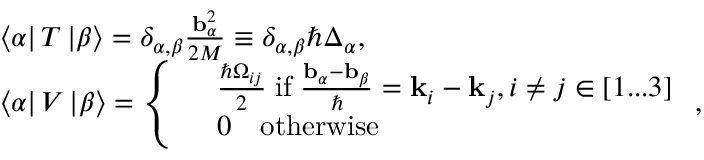
\begin{array} { r l } & { \left\langle \alpha \right| T \left| \beta \right\rangle = \delta _ { \alpha , \beta } \frac { \mathbf { b } _ { \alpha } ^ { 2 } } { 2 M } \equiv \delta _ { \alpha , \beta } \hbar \Delta _ { \alpha } , } \\ & { \left\langle \alpha \right| V \left| \beta \right\rangle = \left\{ \begin{array} { r l } & { \frac { \hbar \Omega _ { i j } } { 2 } \; \mathrm { i f } \; \frac { \mathbf { b } _ { \alpha } - \mathbf { b } _ { \beta } } { \hbar } = \mathbf { k } _ { i } - \mathbf { k } _ { j } , i \neq j \in [ 1 . . . 3 ] } \\ & { 0 \quad \mathrm { o t h e r w i s e } } \end{array} \right. , } \end{array}